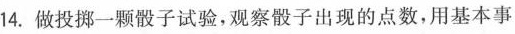
14.做投掷一颗骰子试验，观察骰子出现的点数，用基本事